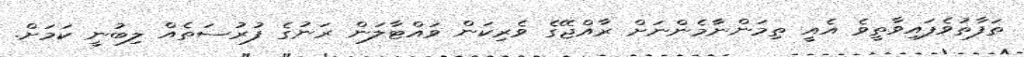
ތަފާތުވެފައިވާތީވެ އެއީ ތިމަންނާމެންނަށް ރާއްޖޭގެ ވެރިކަން ވައްޓާލަން ރަނުގެ ފުރުސަތެއް ލިބުނީ ކަމަށް.